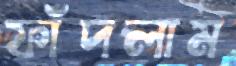
ফাঁদলাম